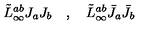
\tilde { L } _ { \infty } ^ { a b } J _ { a } J _ { b } \quad , \quad \tilde { L } _ { \infty } ^ { a b } \bar { J } _ { a } \bar { J } _ { b }